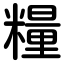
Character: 糧